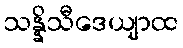
သန္နိသီဒေယျာထ